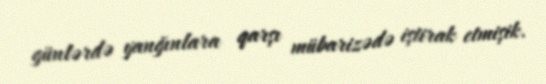
günlərdə yanğınlara qarşı mübarizədə iştirak etmişik.